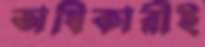
অধিকারীই